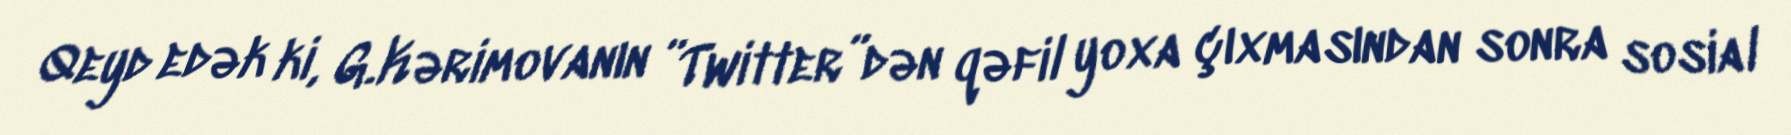
Qeyd edək ki, G.Kərimovanın ”Twitter”dən qəfil yoxa çıxmasından sonra sosial